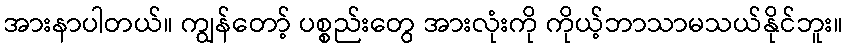
အားနာပါတယ်။ ကျွန်တော့် ပစ္စည်းတွေ အားလုံးကို ကိုယ့်ဘာသာမသယ်နိုင်ဘူး။